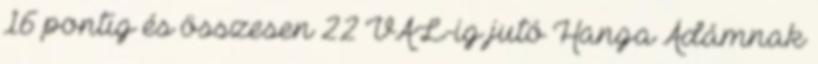
16 pontig és összesen 22 VAL-ig jutó Hanga Ádámnak